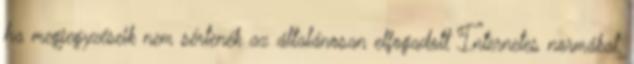
ha megjegyzéseik nem sértenék az általánosan elfogadott Internetes normákat,